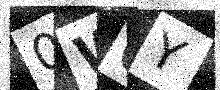
Text: 0W0Y